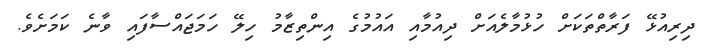
ދިރިއުޅޭ ފަރާތްތަކަށް ހުޅުމާލެއަށް ދިއުމާއި އައުމުގެ އިންތިޒާމު ހިލޭ ހަމަޖައްސާފައި ވާނެ ކަމަށެވެ.